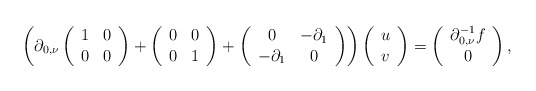
\begin{align*}\left(\partial_{0,\nu}\left(\begin{array}{cc}1 & 0\\0 & 0\end{array}\right)+\left(\begin{array}{cc}0 & 0\\0 & 1\end{array}\right)+\left(\begin{array}{cc}0 & -\partial_{1}\\-\partial_{1} & 0\end{array}\right)\right)\left(\begin{array}{c}u\\v\end{array}\right)=\left(\begin{array}{c}\partial_{0,\nu}^{-1}f\\0\end{array}\right),\end{align*}